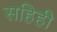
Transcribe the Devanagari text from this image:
सहिही